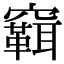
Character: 䇀